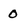
Character: 0